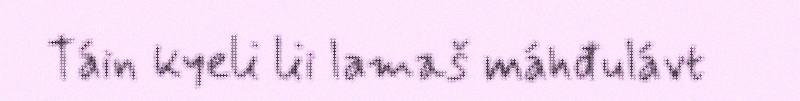
Táin kyeli lii lamaš máhđulávt